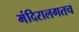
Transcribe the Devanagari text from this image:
मंदिरालगतच